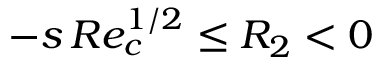
- s \, R e _ { c } ^ { 1 / 2 } \leq R _ { 2 } < 0